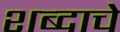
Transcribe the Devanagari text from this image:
शब्‍दाचे